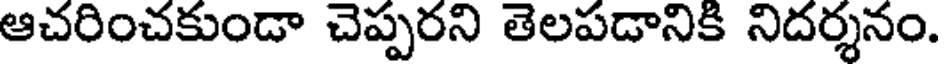
ఆచరించకుండా చెప్పరని తెలపడానికి నిదర్శనం.